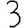
Digit: 3